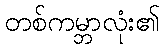
တစ်ကမ္ဘာလုံး၏